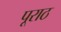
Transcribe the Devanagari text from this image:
पूराठ